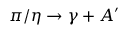
\pi / \eta \rightarrow \gamma + A ^ { \prime }